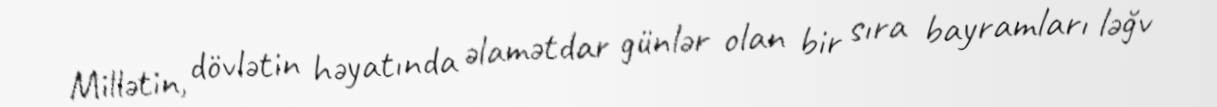
Millətin, dövlətin həyatında əlamətdar günlər olan bir sıra bayramları ləğv